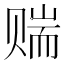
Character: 𬥼